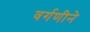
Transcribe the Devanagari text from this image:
वर्गणीने